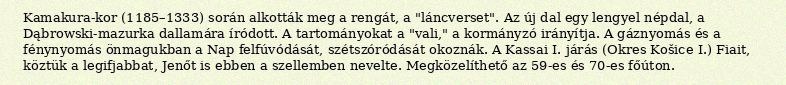
Kamakura-kor (1185–1333) során alkották meg a rengát, a "láncverset". Az új dal egy lengyel népdal, a Dąbrowski-mazurka dallamára íródott. A tartományokat a "vali," a kormányzó irányítja. A gáznyomás és a fénynyomás önmagukban a Nap felfúvódását, szétszóródását okoznák. A Kassai I. járás (Okres Košice I.) Fiait, köztük a legifjabbat, Jenőt is ebben a szellemben nevelte. Megközelíthető az 59-es és 70-es főúton.